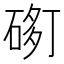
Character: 𱍢